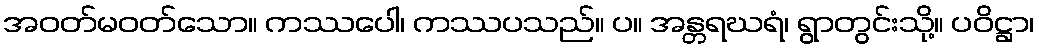
အဝတ်မဝတ်သော။ ကဿပေါ၊ ကဿပသည်။ ပ။ အန္တရဃရံ၊ ရွာတွင်းသို့။ ပဝိဋ္ဌာ၊